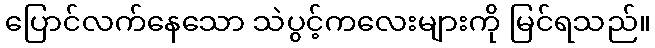
ပြောင်လက်နေသော သဲပွင့်ကလေးများကို မြင်ရသည်။